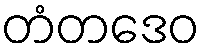
တံတဒေဝ